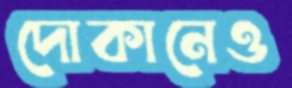
দোকানেও